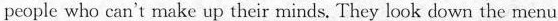
people who can't make up their minds,.They look down the menu